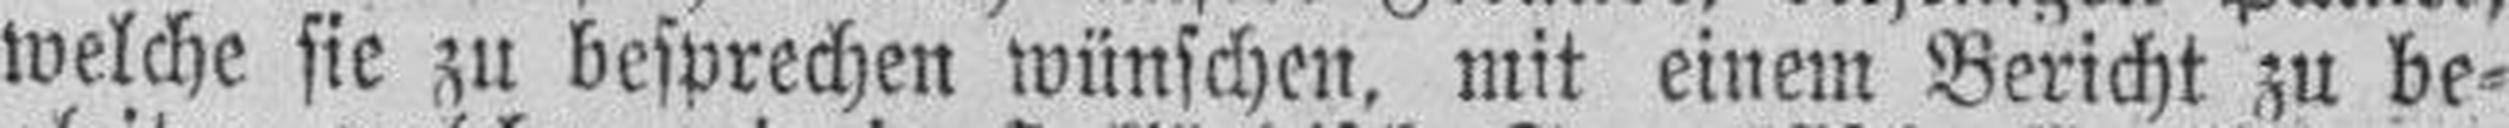
welche sie zu besprechen wünschen, mit einem Bericht zu be¬